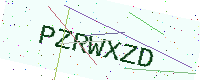
Text: PZRWXZD